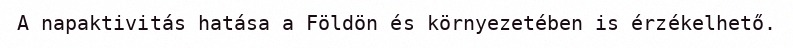
A napaktivitás hatása a Földön és környezetében is érzékelhető.